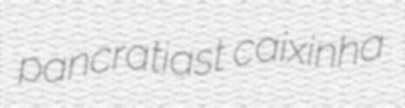
pancratiast caixinha